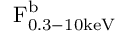
\mathrm { F _ { 0 . 3 - 1 0 \mathrm { k e V } } ^ { b } }